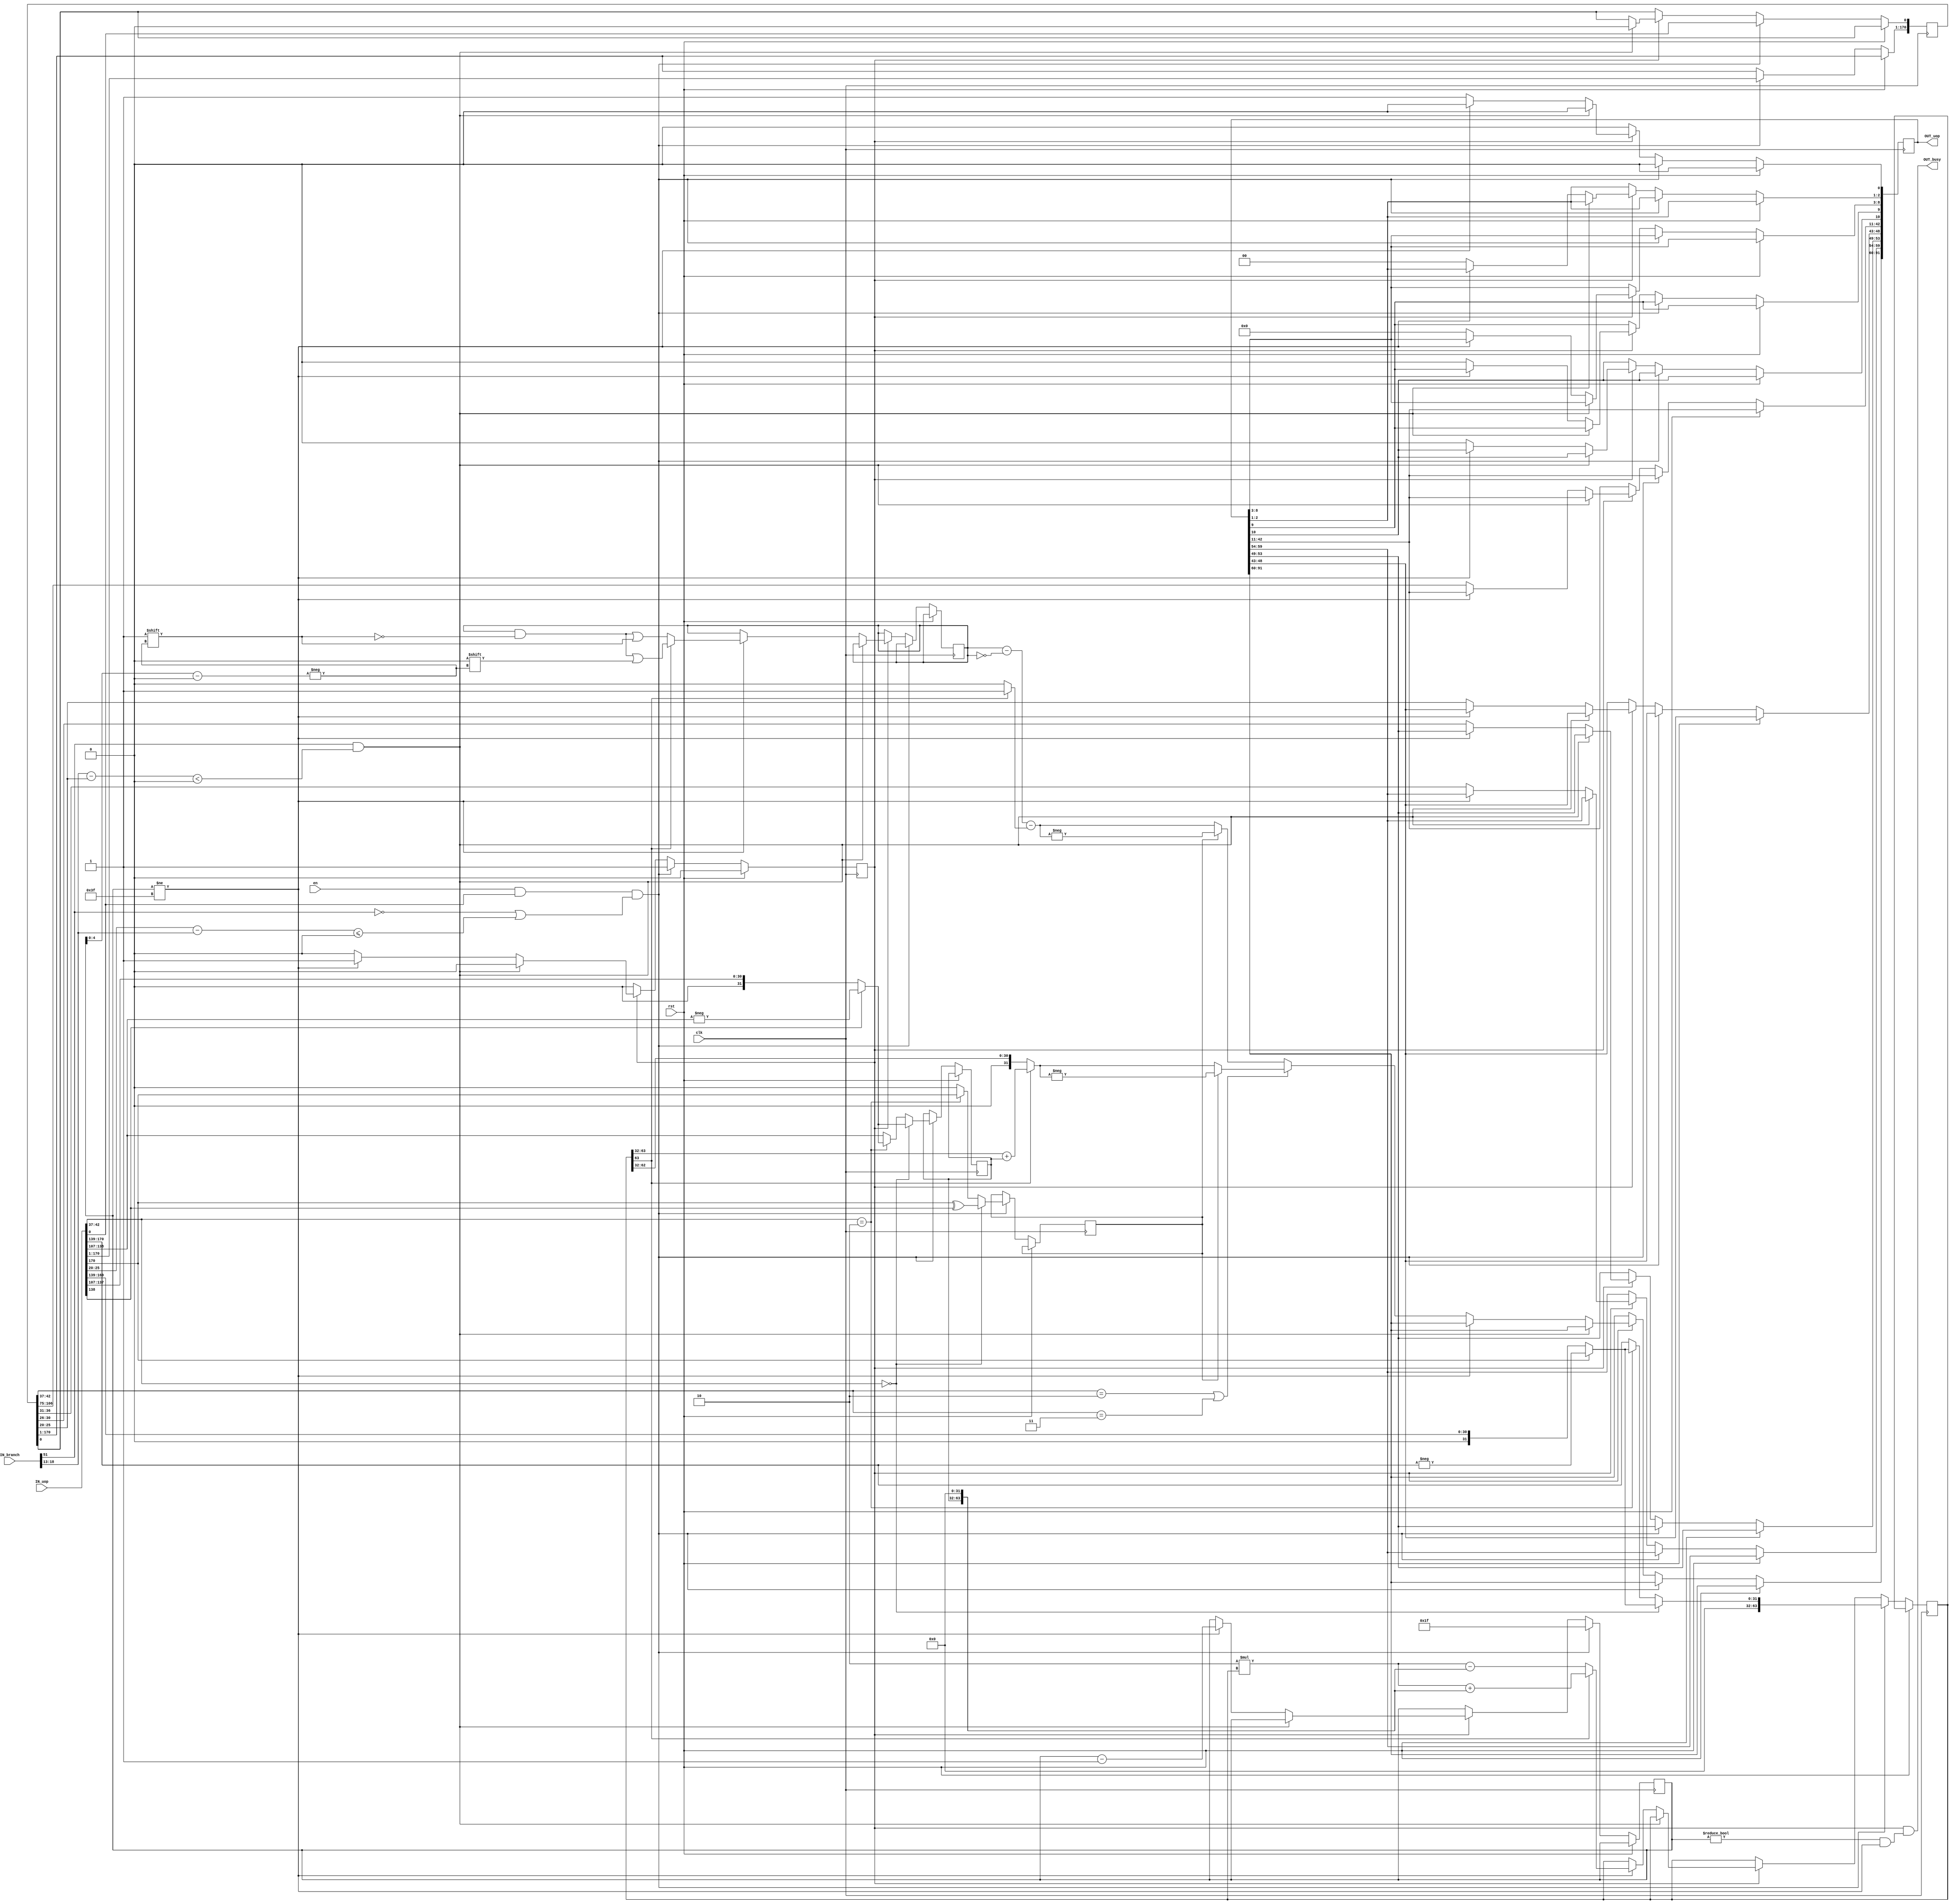
module Divide (
	clk,
	rst,
	en,
	OUT_busy,
	IN_branch,
	IN_uop,
	OUT_uop
);
	input wire clk;
	input wire rst;
	input wire en;
	output wire OUT_busy;
	input wire [51:0] IN_branch;
	input wire [170:0] IN_uop;
	output reg [91:0] OUT_uop;
	reg [170:0] uop;
	reg [5:0] cnt;
	reg [63:0] r;
	reg [31:0] q;
	reg [31:0] d;
	reg invert;
	reg running;
	assign OUT_busy = running && ((cnt != 0) && (cnt != 63));
	always @(posedge clk)
		if (rst) begin
			OUT_uop[0] <= 0;
			running <= 0;
		end
		else if ((en && IN_uop[0]) && (!IN_branch[51] || ($signed(IN_uop[25-:6] - IN_branch[18-:6]) <= 0))) begin
			running <= 1;
			uop <= IN_uop;
			cnt <= 31;
			if (IN_uop[42-:6] == 6'd0) begin
				invert <= IN_uop[170] ^ IN_uop[138];
				r <= {32'b00000000000000000000000000000000, (IN_uop[170] ? -IN_uop[170-:32] : IN_uop[170-:32])};
				d <= (IN_uop[138] ? -IN_uop[138-:32] : IN_uop[138-:32]);
			end
			else if (IN_uop[42-:6] == 6'd2) begin
				invert <= IN_uop[170];
				r <= {32'b00000000000000000000000000000000, (IN_uop[170] ? -IN_uop[170-:32] : IN_uop[170-:32])};
				d <= (IN_uop[138] ? -IN_uop[138-:32] : IN_uop[138-:32]);
			end
			else begin
				invert <= 0;
				r <= {32'b00000000000000000000000000000000, IN_uop[170-:32]};
				d <= IN_uop[138-:32];
			end
			OUT_uop[0] <= 0;
		end
		else if (running) begin
			if (IN_branch[51] && ($signed(IN_branch[18-:6] - uop[25-:6]) < 0)) begin
				running <= 0;
				uop[0] <= 0;
				OUT_uop[0] <= 0;
			end
			else if (cnt != 63) begin
				if (!r[63]) begin
					q[cnt[4:0]] <= 1;
					r <= (2 * r) - {d, 32'b00000000000000000000000000000000};
				end
				else begin
					q[cnt[4:0]] <= 0;
					r <= (2 * r) + {d, 32'b00000000000000000000000000000000};
				end
				cnt <= cnt - 1;
				OUT_uop[0] <= 0;
			end
			else begin : sv2v_autoblock_1
				reg [31:0] qRestored;
				reg [31:0] remainder;
				qRestored = (q - ~q) - (r[63] ? 1 : 0);
				remainder = (r[63] ? r[63:32] + d : r[63:32]);
				running <= 0;
				OUT_uop[48-:6] <= uop[25-:6];
				OUT_uop[59-:6] <= uop[36-:6];
				OUT_uop[53-:5] <= uop[30-:5];
				OUT_uop[42-:32] <= uop[106-:32];
				OUT_uop[10] <= 0;
				OUT_uop[9] <= 0;
				OUT_uop[8-:6] <= 0;
				OUT_uop[2-:2] <= 2'd0;
				OUT_uop[0] <= 1;
				if ((uop[42-:6] == 6'd2) || (uop[42-:6] == 6'd3))
					OUT_uop[91-:32] <= (invert ? -remainder : remainder);
				else
					OUT_uop[91-:32] <= (invert ? -qRestored : qRestored);
			end
		end
		else begin
			OUT_uop[0] <= 0;
			running <= 0;
		end
endmodule